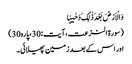
وَ الْاَرْضَ بَعْدَ ذٰلِکَ دَحٰیہَا
(سورۃ النزعت،آیت:30،پارہ30)
اور اس کے بعدزمین پھیلائی۔